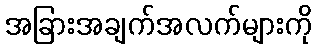
အခြားအချက်အလက်များကို